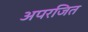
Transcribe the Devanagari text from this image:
अपरजित